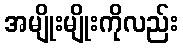
အမျိုးမျိုးကိုလည်း